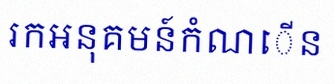
រកអនុគមន៍កំណើន